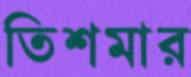
তিশমার